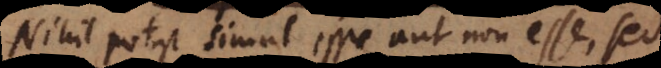
Nihil potest simul esse et non esse, sed